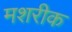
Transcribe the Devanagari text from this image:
मशरीक